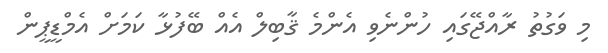
މި ވަގުތު ރާއްޖޭގައި ހުންނެވި އެންމެ ޤާބިލް އެއް ބޭފުޅާ ކަމަށް އެމްޑީޕީން